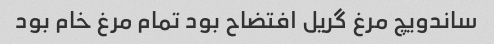
ساندویچ مرغ گریل افتضاح بود تمام مرغ خام بود